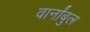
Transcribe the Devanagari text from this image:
वार्नांबुल